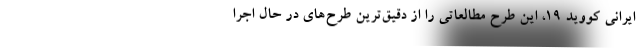
ایرانی کووید 19، این طرح مطالعاتی را از دقیق‌ترین طرح‌های در حال اجرا